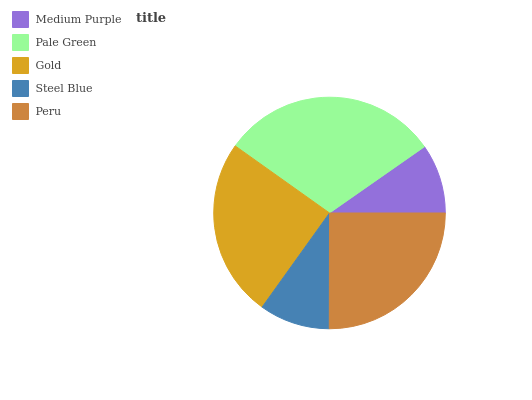
| Medium Purple | Pale Green | Gold | Steel Blue | Peru |
 | --- | --- | --- | --- | --- |
 | 9.7% | 30.4% | 25% | 9.87% | 25% |